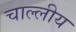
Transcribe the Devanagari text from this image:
चाल्लीय